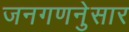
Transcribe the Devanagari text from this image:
जनगणनेुसार